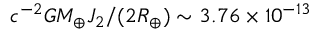
c ^ { - 2 } G M _ { \oplus } J _ { 2 } / ( 2 R _ { \oplus } ) \sim 3 . 7 6 \times 1 0 ^ { - 1 3 }